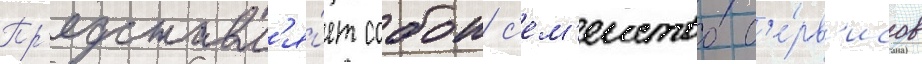
Пр'едставл'я́ет собои с'ем'еиство с'е́рв'исов